Civil Veterinary Department Bihar & Orissa reports 1911-21 - 1911-1921
Year: 1911
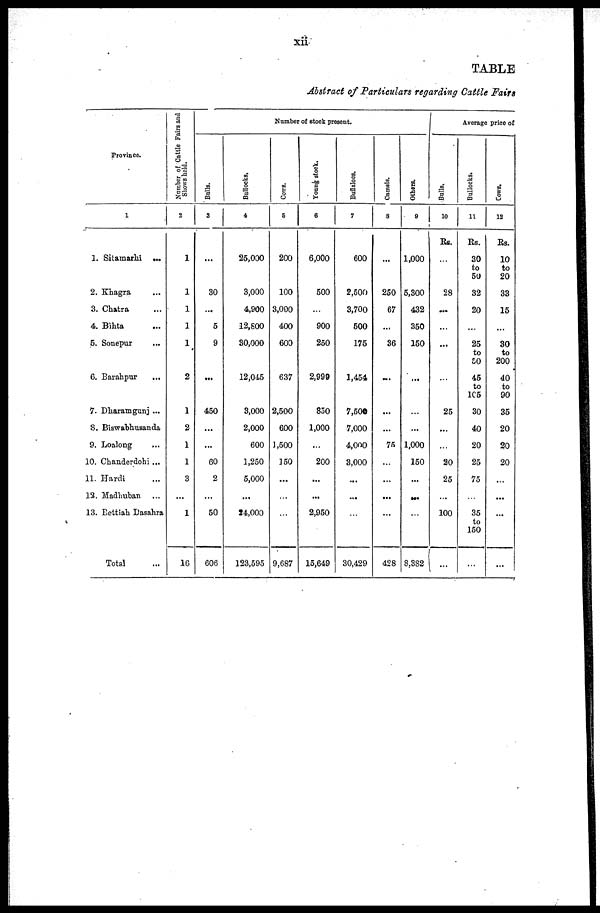
xii
TABLE
Abstract of Particulars regarding Cattle Fairs
Province.
1
1. Sitainarhi
...
2. Khagra …
3. Chatra …
4. Bihta …
5. Sonepur …
6. Barahpur …
7. Dharamgunj ...
8. Biswabhusanda
9. Loalong …
10. Chanderdohi ...
11. Hardi …
12. Madhuban …
13. Bettiah Dasahra
Total …
Number of Cattle Fairs and
Shows held.
2
1
1
1
1
1
2
1
2
1
1
3
...
1
16
Number of stock present.
Bulls.
3
…
30
...
5
9
……
450
...
...
60
2
...
50
606
Bullocks.
4
25,000
3,000
4,900
12,800
30,000
12,045
3,000
2,000
600
1,250
5,000
...
24,000
123,595
Cows.
5
200
100
3,000
400
600
637
2,500
600
1,500
150
...
…
…
9,687
Young stock.
6
6,000
500
...
900
250
2,999
830
1,000
...
200
...
...
2,950
15,649
Buflaloes.
7
600
2,500
3,700
500
175
1,454
7,500
7,000
4,000
3,000
...
...
…
30,429
Camels.
8
...
250
67
...
36
…
...
...
75
…
...
...
...
428
Others.
9
1,000
5,300
432
350
150
…
…
...
1,000
150
...
…
…
8,382
Average price of
Bulls.
10
Rs.
…
28
…
…
...
…
25
...
…
20
25
...
100
…
Bullocks.
11
Rs.
30
to
50
32
20
…
25
to
50
45
to
165
30
40
20
25
75
…
35
to
150
...
Cows.
12
Rs.
10
to
20
33
15
...
30
to
200
40
to
90
35
20
20
20
...
...
…
...